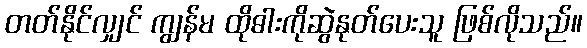
တတ်နိုင်လျှင် ကျွန်မ ထိုဓါးကိုဆွဲနုတ်ပေးသူ ဖြစ်လိုသည်။